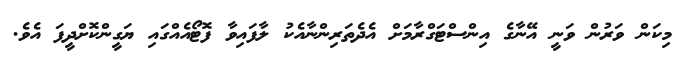
މިކަން ވަރުން ވަނީ އޭނާގެ އިންސްޓަގްރާމަށް އެދެތަރިންނާއެކު ލާފައިވާ ފޮޓޯއެއްގައި ޔަގީންކޮށްދީފަ އެވެ.